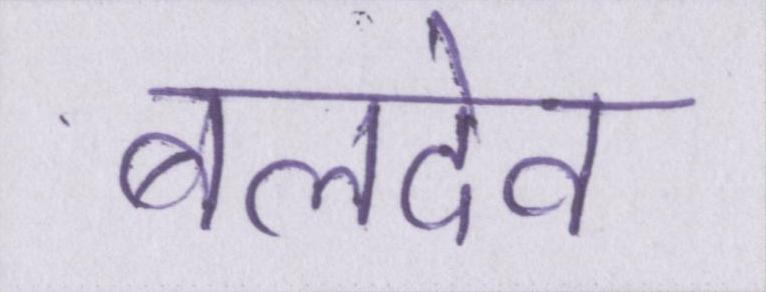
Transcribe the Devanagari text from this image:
बलदेव